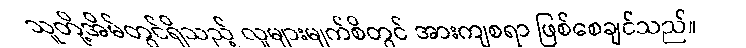
သူတို့အိမ်တွင်ရှိသည့် လူများမျက်စိတွင် အားကျစရာ ဖြစ်စေချင်သည်။